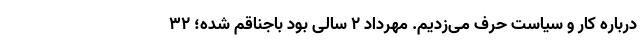
درباره کار و سیاست حرف می­زدیم. مهرداد 2 سالی بود باجناقم شده؛ 32